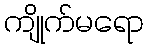
ကျိုက်မရော